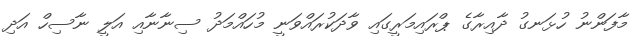
މާފަންނު ހުޅަނގު ދާއިރާގެ ޕްރައިމަރީގައި ވާދަކުރައްވަނީ މުހައްމަދު ސިނާނާއި އަލީ ނާސިހް އަދި